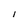
Character: l